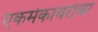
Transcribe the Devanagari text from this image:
एकमेकाबरोबर